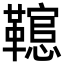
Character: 䪀